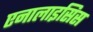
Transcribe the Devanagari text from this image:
एनालाइसिस